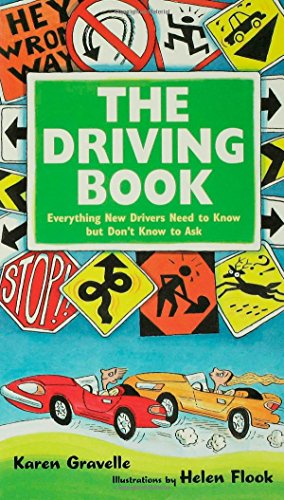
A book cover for The Driving Book: Everything New Drivers Need to Know but Don't Know to Ask; Karen Gravelle; Test Preparation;